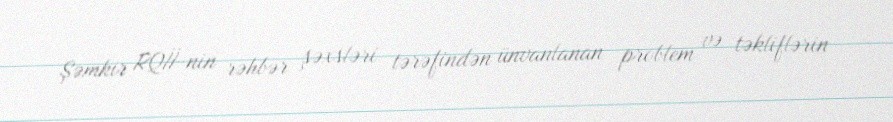
Şəmkir RQİİ-nin rəhbər şəxsləri tərəfindən ünvanlanan problem və təkliflərin